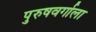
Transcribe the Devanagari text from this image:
पुरुषवर्गाला